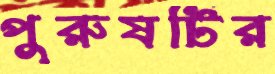
পুরুষটির